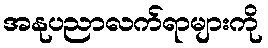
အနုပညာလက်ရာများကို